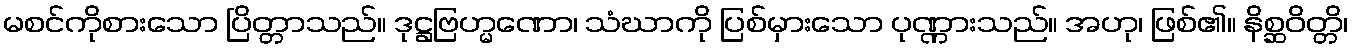
မစင်ကိုစားသော ပြိတ္တာသည်။ ဒုဋ္ဌဗြဟ္မဏော၊ သံဃာကို ပြစ်မှားသော ပုဏ္ဏားသည်။ အဟု၊ ဖြစ်၏။ နိစ္ဆဝိတ္တိ၊